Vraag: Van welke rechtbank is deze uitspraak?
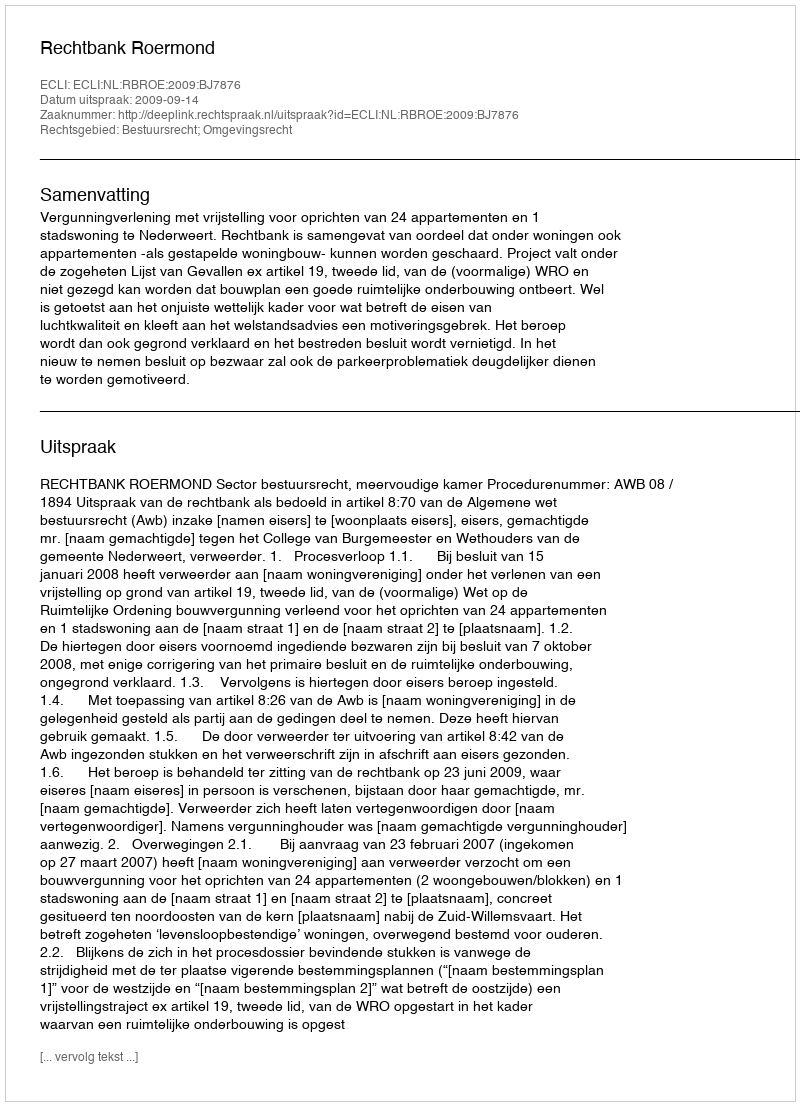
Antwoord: Rechtbank Roermond